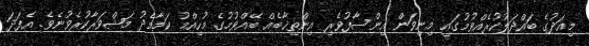
މިއަދުގެ ބައްދަލުކުރެއްވުމުގައި މިނިވަން އިންސާފުވެރި އިންތިޚާބެއް ބޭއްވުމުގެ މުހިއްމު ކަމާމެދު މަޝްވަރާކުރެވުނެވެ. އެފަދަ